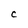
Character: C